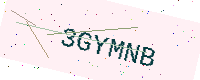
Text: 3GYMNB